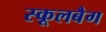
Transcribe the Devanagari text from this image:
स्कूलबैग